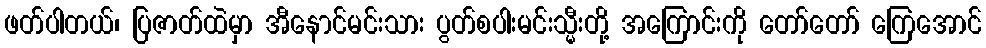
ဖတ်ပါတယ်၊ ပြဇာတ်ထဲမှာ အီနောင်မင်းသား ပွတ်စပါးမင်းသ္မီးတို့ အကြောင်းကို တော်တော် ကြေအောင်